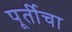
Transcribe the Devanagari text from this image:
पूर्तीचा